Report on the Civil Veterinary Department, Eastern Bengal and Assam - 1907-1911
Year: 1907
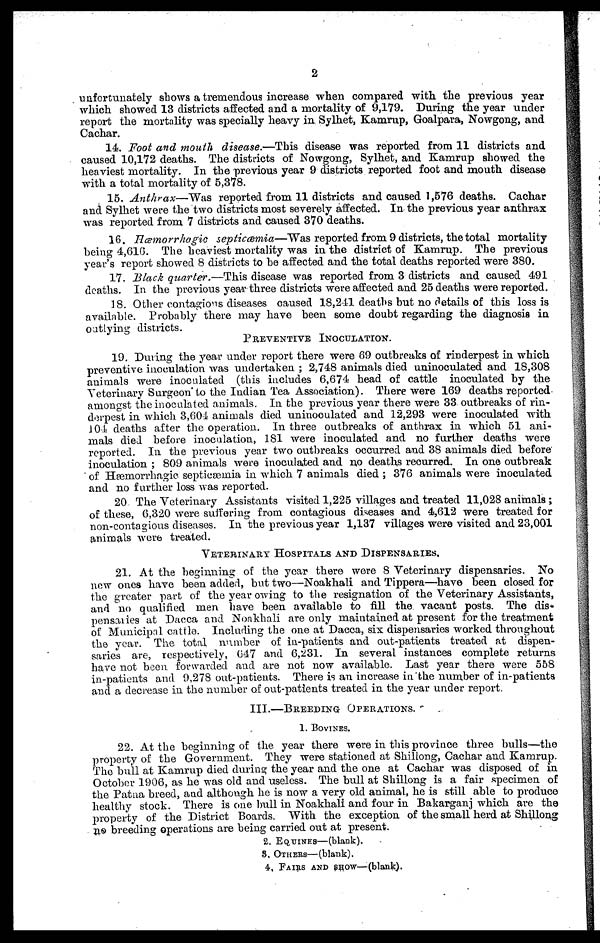
2
unfortunately shows a tremendous increase when compared with the previous year
which showed 13 districts affected and a mortality of 9,179. During the year under
report the mortality was specially heavy in. Sylhet, Kamrup, Goalpara, Nowgong, and
Cachar.
14. Foot and mouth disease.—This disease was reported from 11 districts and
caused 10,172 deaths. The districts of Nowgong, Sylhet, and Kamrup showed the
heaviest mortality. In the previous year 9 districts reported foot and mouth disease
with a total mortality of 5,378.
15. Anthrax—Was
reported from 11 districts and caused 1,576 deaths. Cachar
and Sylhet were the two districts most severely affected. In the previous year anthrax
was reported from 7 districts and caused 370 deaths.
16. Hæmorrhagio septicæmia—Was
reported from 9 districts, the total mortality
being 4,616. The heaviest mortality was in the district of Kamrup. The previous
year's report showed 8 districts to he affected and the total deaths reported were 380.
17. Black quarter.—This disease was reported from 3 districts and caused 491
deaths. In the previous year three districts were affected and 25 deaths were reported.
18. Other contagions diseases caused 18,241 deaths but no details of this loss is
available. Probably there may have been some doubt regarding the diagnosis in
outlying districts.
PREVENTIVE INOCULATION.
19. During the year under report there were 69 outbreaks of rinderpest in which
preventive inoculation was undertaken ; 2,748 animals died uninoculated and 18,308
animals were inoculated (this includes 6,674 head of cattle inoculated by the
Veterinary Surgeon to the Indian Tea Association). There were 169 deaths reported
amongst the inoculated animals. In the previous year there were 33. outbreaks of rin-
derpest in which 3,604 animals died uninoculated and 12,293 were inoculated with
104 deaths after the operation. In three outbreaks of anthrax in which 51 ani-
mals died before inoculation, 181 were inoculated and no further deaths were
reported. In the previous year two outbreaks occurred and 38 animals died before
inoculation ; 809 animals were inoculated and no deaths recurred. In one outbreak
of Hæmorrhagic septicæmia in which 7 animals died ; 376 animals were inoculated
and no further loss was reported.
20. The Veterinary Assistants visited 1,225 villages and treated 11,028 animals ;
of these, 6,320 were suffering from contagious diseases and 4,612 were treated for
non-contagious diseases. In the previous year 1,137 villages were visited and 23,001
animals were treated.
VETERINARY HOSPITALS AND DISPENSARIES,
21. At the beginning of the year there were 8 Veterinary dispensaries. No
new ones have been added, but two—Noakhali and Tippera—have been closed for
the greater part of the year owing to the resignation of the Veterinary Assistants,
and no qualified men have been available to fill the. vacant posts. The dis-
pensaiies at Dacca and Noakhali are only maintained at present for the treatment
of Municipal cattle. Including the one at Dacca, six dispensaries worked throughout
the year. The total number of in-patients and out-patients treated at dispen-
saries are, respectively, 647 and 6,231. In several instances complete returns
have not been forwarded and are not now available. Last year there were 558
in-patients and 9,278 out-patients. There is an increase in the number of in-patients
and a decrease in the number of out-patients treated in the year under report.
III.—BREEDING OPERATIONS.
1. BoviNES.
22. At the beginning of the year there were in this province three bulls—the
property of the Government. They were stationed at Shillong, Cachar and Kamrup.
The bull at Kamrup died during the year and the one at Cachar was disposed of in
October 1906, as he was old and useless. The bull at Shillong is a fair specimen of
the Patna breed, and although he is now a very old animal, he is still able to produce
healthy stock. There is one bull in Noakhali and four in Bakarganj which are the
property of the District Boards. With the exception of the small herd at Shillong
no breeding operations are being carried out at present.
2. EQUINES—(blank).
8, OTHERS-—(blank).
4, FAIRS AND SHOW—(blank).